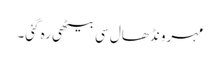
مہرو نڈھال سی بیٹھی رہ گئی۔